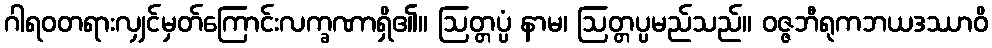
ဂါရဝတရားလျှင်မှတ်ကြောင်းလက္ခဏာရှိ၏။ ဩတ္တပ္ပံ နာမ၊ ဩတ္တပ္ပမည်သည်။ ဝဇ္ဇဘီရုကဘယဒဿာဝိ